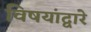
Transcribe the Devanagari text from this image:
विषयांद्वारे